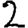
Digit: 2